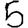
Digit: 5